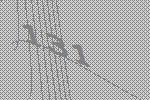
131